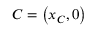
C = \left( x _ { C } , 0 \right)